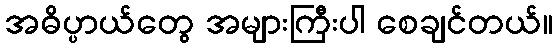
အဓိပ္ပာယ်တွေ အများကြီးပါ စေချင်တယ်။